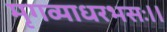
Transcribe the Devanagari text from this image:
मृगव्याधरभसः।।